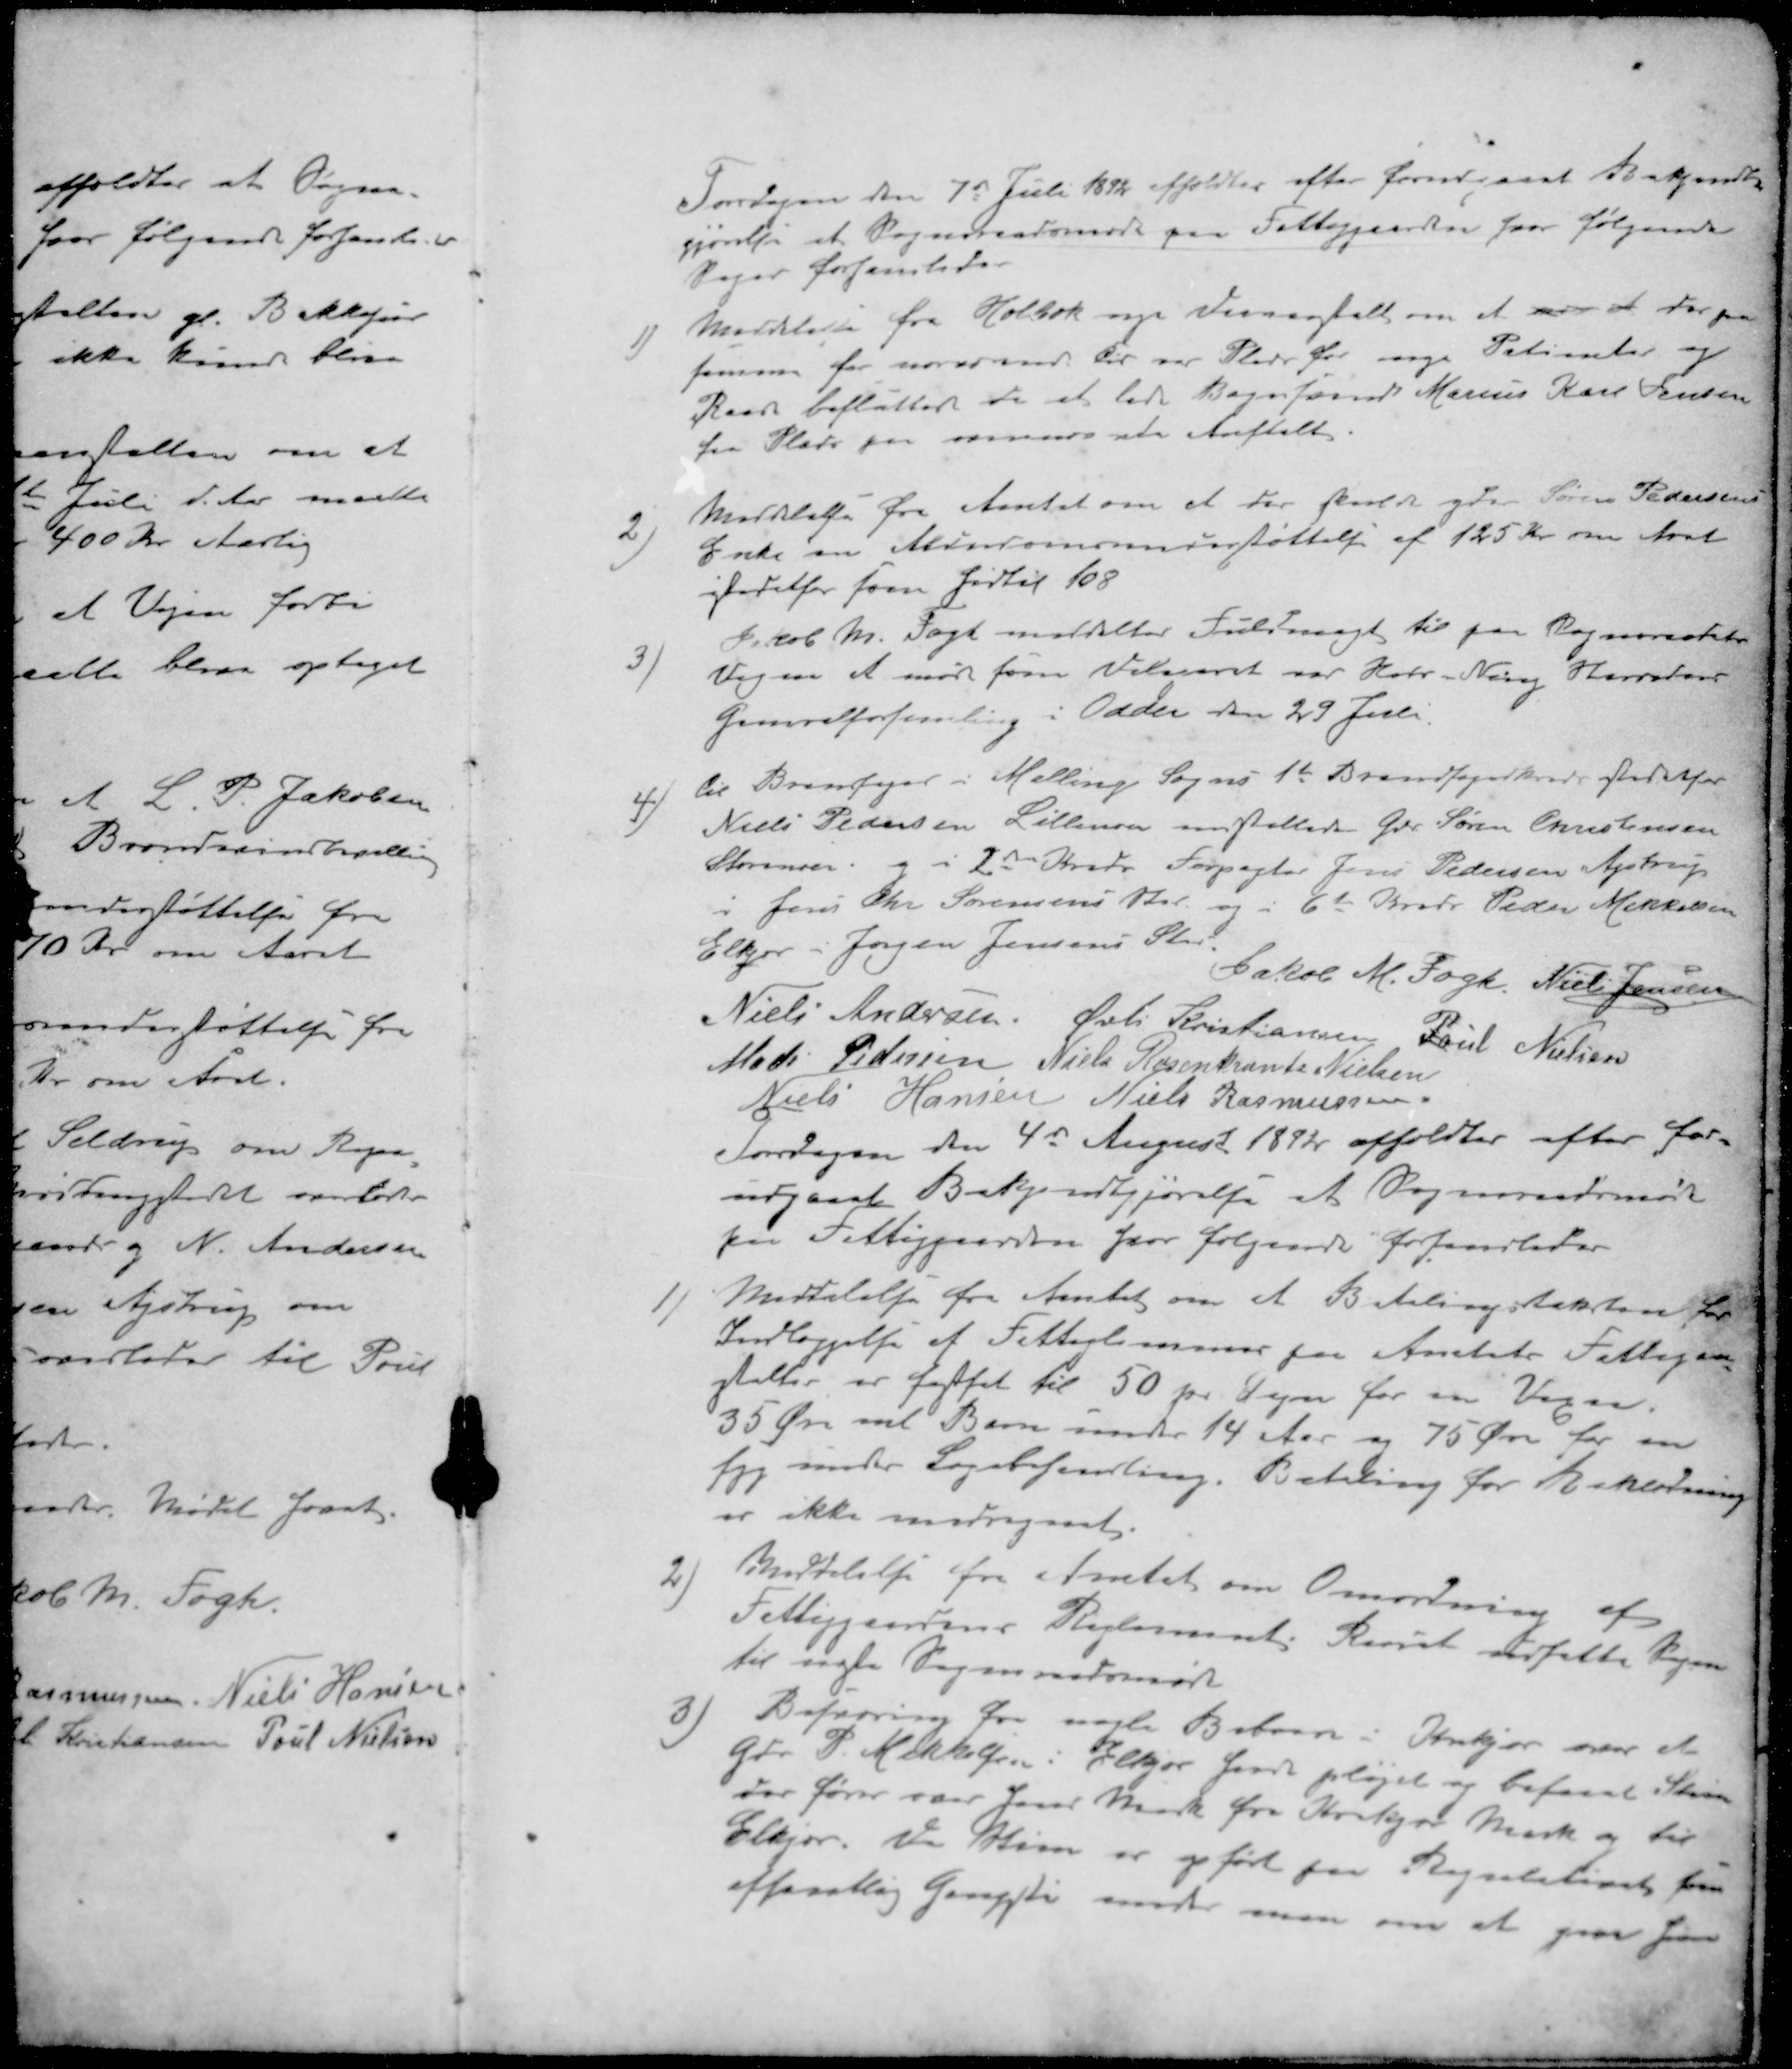
Transskription:
Torsdagen den 7de Juli 1892 afholdtes efter forudgaaet Bekjendt
gjørelse et Sogneraadsmøde paa Fattiggaarden hvor følgende
sager forhandledes
1 ) Meddelelse fra Holbæk nye Daareanstalt om at nu at der paa
samme for nuværende bør var Plads for nogen Patienter og
Raadet beslutter da at lade Bagersvend Marius Karl Jensen
faa Plads paa ovennævnte Anstalt.
2 ) Meddelelse fra Amtet om at der skulde yde Søren Pedersens
Enke en Alderdomsstøttelse af 125 Kr om Aaret
istedetfor som hidtil 108
3 ) Jakob M Fogh meddeltes Fuldmagt til paa Sogneraadets
Vegne at møde som Delegeret var Hads Ning Herreders
Generalforsamling i Odder den 29 Juli.
4) til Brandfoged i Malling Sogns 1ste Brandfogedkreds istedetfor
Niels Pedersen Lillenor indstilledes Gdr Søren Christensen
Storenor og i 2den Kreds Forpagter Jens Pedersen Astrup
i Jens Chr Sørensens Sted, og i 6te Kreds Peder Mikkelsen
Elkær i Jørgen Jensens Sted
Jakob M. Fogh
Niels Jensen
Niels Andersen
Øvli Kristiansen
Poul Nielsen
Mads Pedersen
Niels Rosenkrants Nielsen
Niels Hansen
Niels Rasmussen
Torsdagen den 4de August 1892 afholdtes efter for-
udgaaet Bekjendtgjørelse at Sogneraadsmøde
paa Fattiggaarden hvor følgende forhandledes
1 ) Meddelelse fra Amtet om at Betalingstaksten for
Indlæggelse et Fattiglemmer paa Amtets Fattigan
stalter er fastsat til 50 pr. Døgn for en VVoksen.
35 Øre ml Barn under 14 Aar og 75 Øre for en
syg under Lægebehandling. Betaling for Beklædning
er ikke medregnet.
2 ) Meddelelse fra Amtet om Omordning af
Fattiggaardens Reglement. Raadet udsatte Sagen
til næste Sogneraadsmøde
3 ) Begærring fra nogle Beboere i Krekjær om at
Gdr. P. Mikkelsen i Elkjær haver plejet og besaaet Stien
der fører over Jens Mark fra Krekjær Mark og til
Elkjær. Da Stien er opført paa Regulativet for
offentlig Gangsti  man om at give ham